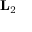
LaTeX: \mathbf { L } _ { 2 }